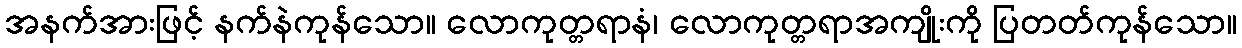
အနက်အားဖြင့် နက်နဲကုန်သော။ လောကုတ္တရာနံ၊ လောကုတ္တရာအကျိုးကို ပြတတ်ကုန်သော။